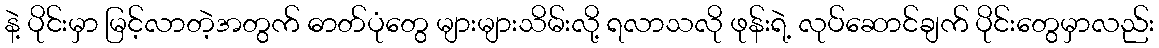
နဲ့ ပိုင်းမှာ မြင့်လာတဲ့အတွက် ဓာတ်ပုံတွေ များများသိမ်းလို့ ရလာသလို ဖုန်းရဲ့ လုပ်ဆောင်ချက် ပိုင်းတွေမှာလည်း